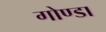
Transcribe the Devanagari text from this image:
गोण्‍डा